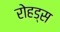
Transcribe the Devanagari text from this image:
रोहड्स